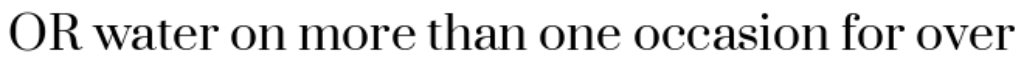
OR water on more than one occasion for over